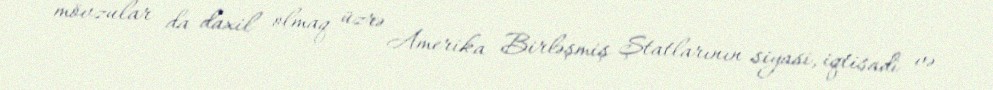
mövzular da daxil olmaq üzrə Amerika Birləşmiş Ştatlarının siyasi, iqtisadi və